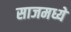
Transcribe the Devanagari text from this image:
साजमध्ये